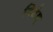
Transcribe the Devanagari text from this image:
विशेष्